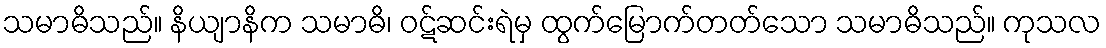
သမာဓိသည်။ နိယျာနိက သမာဓိ၊ ဝဋ်ဆင်းရဲမှ ထွက်မြောက်တတ်သော သမာဓိသည်။ ကုသလ